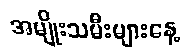
အမျိုးသမီးများနေ့